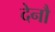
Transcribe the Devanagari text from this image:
देनौ